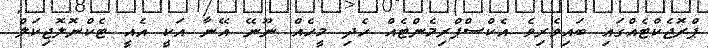
ޕްރޮޖެކްޓެއްގައި ބައިވެރިވެ އެކްސްޕްރިމެންޓެއް ހެދި މީހެއް ނޫނޭ އޭނާ އަކީ އެއީ ޓެކްނޮލޮޖިކަލް